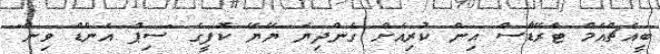
ބީއެޗްއެމް ޓްރޭޑާސް އިން ކުރިއަށް ގެންދިޔަ ޔޭޔޭ ކޮފީގެ "ސިޕް އެންޑް ވިން"